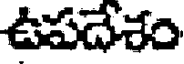
ఉపదేశం